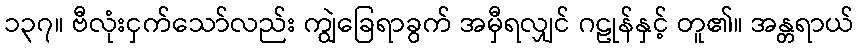
၁၃၇။ ဗီလုံးငှက်သော်လည်း ကျွဲခြေရာခွက် အမှီရလျှင် ဂဠုန်နှင့် တူ၏။ အန္တရာယ်